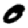
Digit: 0